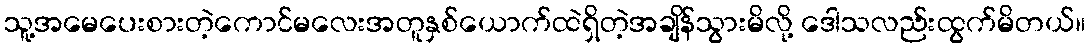
သူ့အမေပေးစားတဲ့ကောင်မလေးအတူနှစ်ယောက်ထဲရှိတဲ့အချိန်သွားမိလို့ ဒေါသလည်းထွက်မိတယ်။